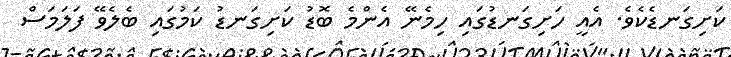
ކަށިގަނޑެކެވެ. އެއީ ހަށިގަނޑުގައި ހިމެނޭ އެންމެ ބޮޑު ކަށިގަނޑު ކަމުގައި ބެލެވޭ ފަލަމަސް